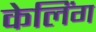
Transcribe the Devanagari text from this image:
केलिंग